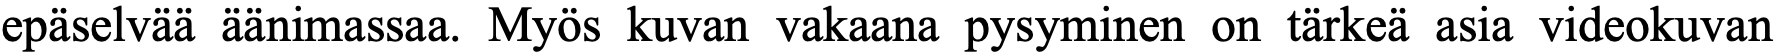
epäselvää äänimassaa. Myös kuvan vakaana pysyminen on tärkeä asia videokuvan